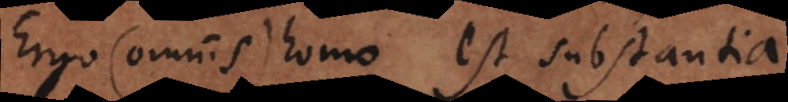
Ergo (omnis) homo est substantia.